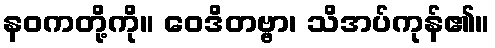
နဝကတို့ကို။ ဝေဒိတဗ္ဗာ၊ သိအပ်ကုန်၏။